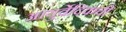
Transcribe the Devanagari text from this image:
आयुर्वेदिकची